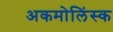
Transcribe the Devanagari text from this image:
अकमोलिंस्क